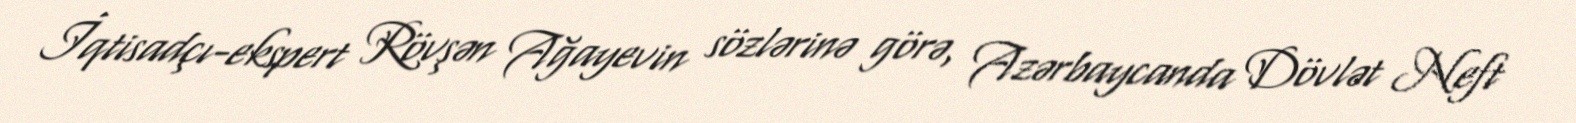
İqtisadçı-ekspert Rövşən Ağayevin sözlərinə görə, Azərbaycanda Dövlət Neft